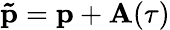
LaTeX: \mathbf{\tilde{p}}=\mathbf{p}+\mathbf{A}(\tau)